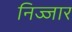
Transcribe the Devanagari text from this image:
निज्जार